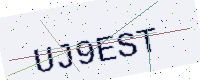
Text: UJ9EST